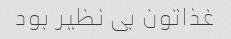
غذاتون بی نظیر بود